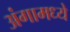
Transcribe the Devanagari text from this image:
अंगामध्ये